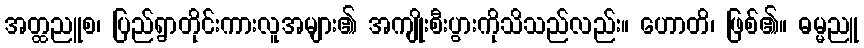
အတ္ထညူစ၊ ပြည်ရွာတိုင်းကားလူအများ၏ အကျိုးစီးပွားကိုသိသည်လည်း။ ဟောတိ၊ ဖြစ်၏။ ဓမ္မညူ